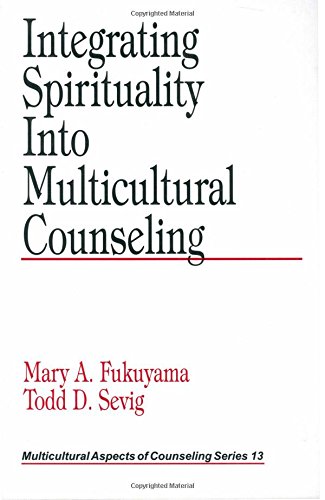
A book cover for Integrating Spirituality into Multicultural Counseling (Multicultural Aspects of Counseling And Psychotherapy); Mary A. Fukuyama; Medical Books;